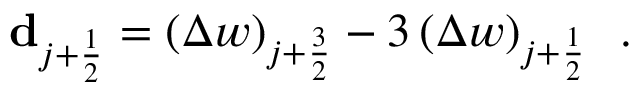
{ \mathbf { d } _ { j + \frac { 1 } { 2 } } = \left( \Delta w \right) _ { j + \frac { 3 } { 2 } } - 3 \left( \Delta w \right) _ { j + \frac { 1 } { 2 } } \, \mathrm { ~ . ~ } }